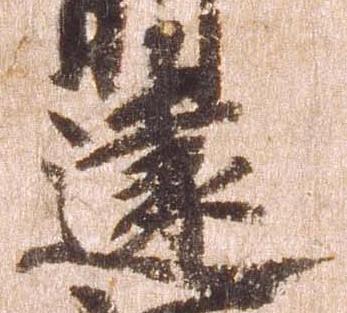
遠